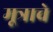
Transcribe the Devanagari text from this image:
मूत्राचे